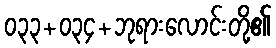
၀၃၃+၀၃၄+ဘုရားလောင်းတို့၏